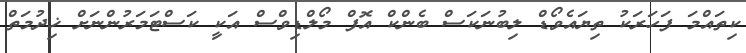
ކިތައްމަ ފަހަރަކު ތިޔައެވޯޑް ލިބުނަކަސް ބެންކް އޮފް މޯލްޑިވްސް އަކިީ ކަސްޓަމަރުންނަށް ޚިދުމަތް